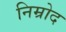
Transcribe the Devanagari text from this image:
निम्रोद